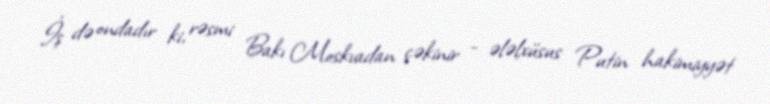
İş də ondadır ki, rəsmi Bakı Moskvadan çəkinir - ələlxüsus Putin hakimiyyət